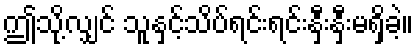
ဤသို့လျှင် သူနှင့်သိပ်ရင်းရင်းနှီးနှီးမရှိခဲ့။